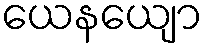
ယေနယျော